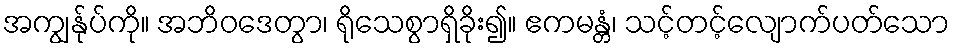
အကျွန်ုပ်ကို။ အဘိဝဒေတွာ၊ ရိုသေစွာရှိခိုး၍။ ဧကမန္တံ၊ သင့်တင့်လျောက်ပတ်သော